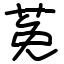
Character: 莬